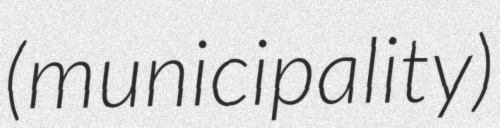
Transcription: (municipality)